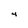
Character: 4